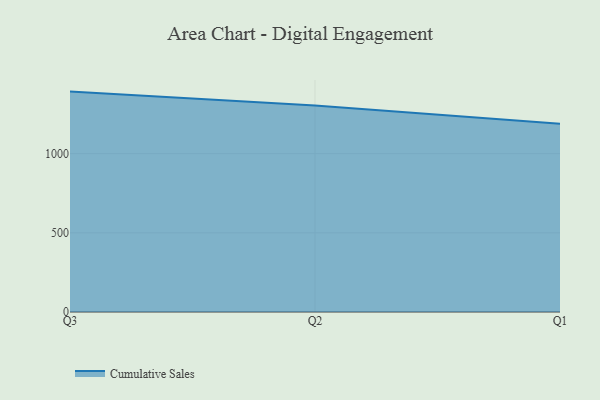
{"axis": {"x": "Quarter", "y": "Inventory Turnover"}, "legend": ["Cumulative Sales"], "data": [{"x": "Q3", "y": 1391.7, "type": "Cumulative Sales"}, {"x": "Q2", "y": 1304.0, "type": "Cumulative Sales"}, {"x": "Q1", "y": 1188.1, "type": "Cumulative Sales"}]}